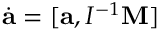
\dot { \bf a } = [ { \bf a } , I ^ { - 1 } { \bf M } ]